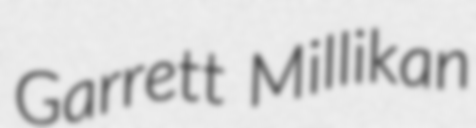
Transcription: Garrett Millikan